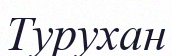
Турухан